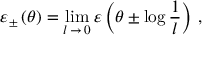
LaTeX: \varepsilon _ { \pm } \left( \theta \right) = \operatorname * { l i m } _ { l \, \rightarrow \, 0 } \varepsilon \left( \theta \pm \log \frac { 1 } { l } \right) \, ,